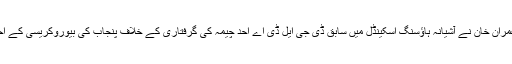
پاکستان تحریک انصاف کے چیئرمین عمران خان نے آشیانہ ہاؤسنگ اسکینڈل میں سابق ڈی جی ایل ڈی اے احد چیمہ کی گرفتاری کے خلاف پنجاب کی بیوروکریسی کے احتجاج پر شدید ردعمل کا اظہار کیا ہے۔